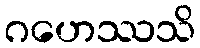
ဂဟေဿသိ